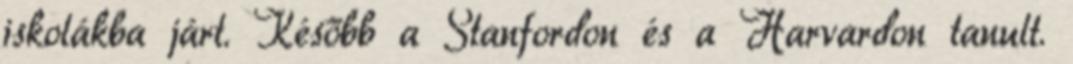
iskolákba járt. Később a Stanfordon és a Harvardon tanult.